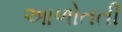
આળોતતી